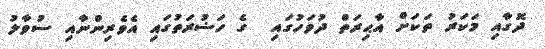
ދޮގާއި މަކަރު ތަކަށް އާޙިރަތް ދުވަހުގައި  ގެ ހަޟުރަތުގައި އެވެރިންނާއި ސުވާލު